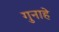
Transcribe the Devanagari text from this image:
गुनाहे